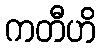
ကတီဟိ